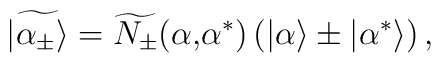
\widetilde{|\alpha_{\pm}\rangle}=\widetilde{N_{\pm}}(\alpha\mbox{,} \alpha^*)\left(|\alpha\rangle\pm|\alpha^*\rangle\right),